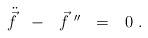
LaTeX: \begin{align*}\ddot{\vec{f}}\ \ -\ \ \vec{f}^{\ \prime\prime}\ \ =\ \ 0\ . \end{align*}